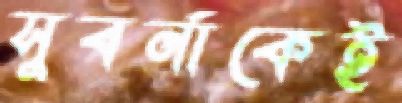
সুবর্নাকেই